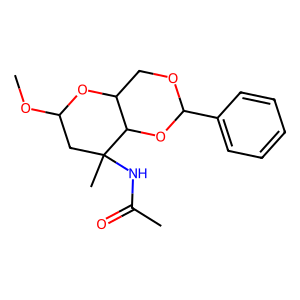
SMILES: COC1CC(C)(NC(C)=O)C2OC(c3ccccc3)OCC2O1
Inhibits HIV replication: No